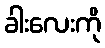
ခါးလေးကို